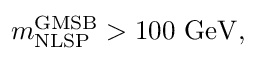
m _ { \mathrm { N L S P } } ^ { \mathrm { G M S B } } > 1 0 0 ~ \mathrm { G e V } ,